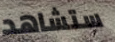
ستشاهد